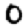
Digit: 0